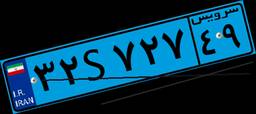
۶۸S۲۱۲۴۰